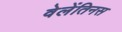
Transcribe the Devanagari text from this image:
वेलेंतिनस